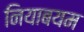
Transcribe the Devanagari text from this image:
नियाबयम